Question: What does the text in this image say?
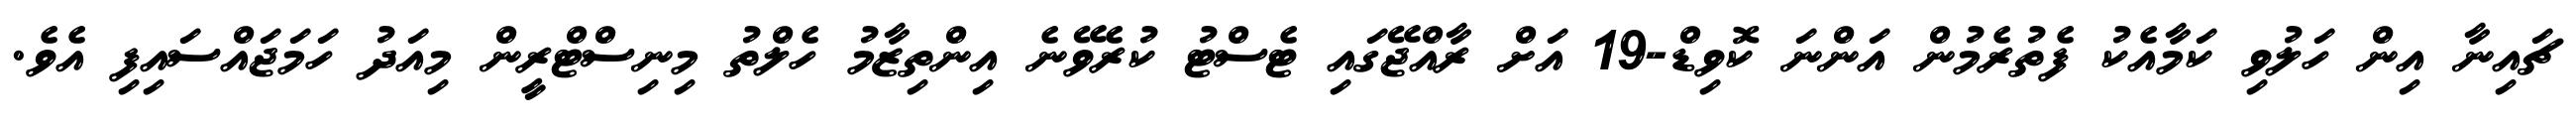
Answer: ޗައިނާ އިން ހަލުވި ކަމާއެކު ފެތުރެމުން އަންނަ ކޮވިޑް-19 އަށް ރާއްޖޭގައި ޓެސްޓު ކުރެވޭނެ އިންތިޒާމު ހެލްތު މިނިސްޓްރީން މިއަދު ހަމަޖައްސައިފި އެވެ.